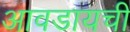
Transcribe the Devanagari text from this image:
आवडायची